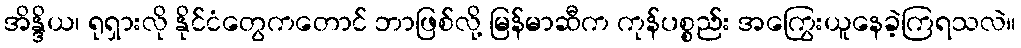
အိန္ဒိယ၊ ရုရှားလို နိုင်ငံတွေကတောင် ဘာဖြစ်လို့ မြန်မာဆီက ကုန်ပစ္စည်း အကြွေးယူနေခဲ့ကြရသလဲ။